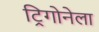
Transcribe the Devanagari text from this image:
ट्रिगोनेला